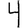
Digit: 4